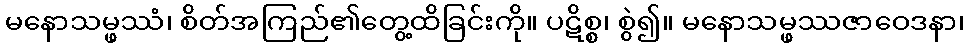
မနောသမ္ဖဿံ၊ စိတ်အကြည်၏တွေ့ထိခြင်းကို။ ပဋိစ္စ၊ စွဲ၍။ မနောသမ္ဖဿဇာဝေဒနာ၊